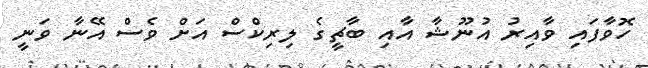
ހޮވާފައި ވާއިރު އުނޫޝާ އާއި ބާޗީގެ ލިރިކްސް އަށް ވެސް އޭނާ ވަނީ